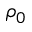
\rho _ { 0 }